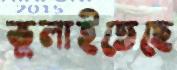
ভুলাইতেছে